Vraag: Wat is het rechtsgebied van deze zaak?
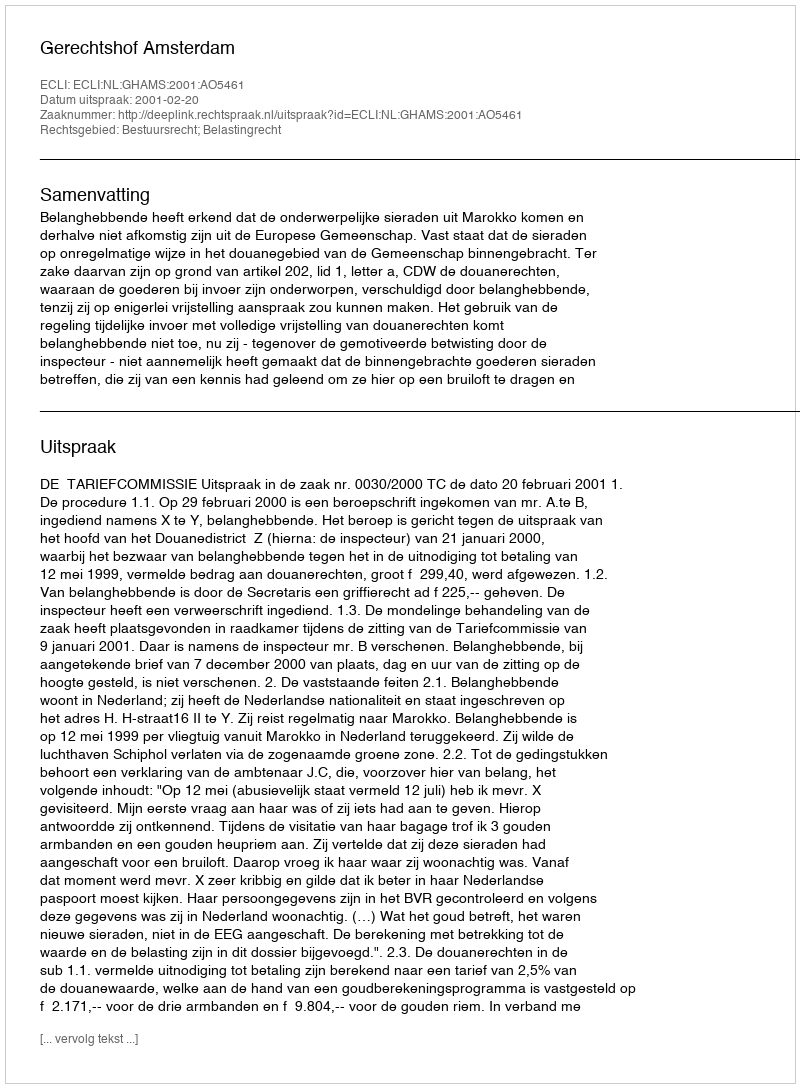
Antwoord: Bestuursrecht; Belastingrecht